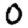
Digit: 0